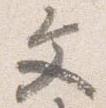
文